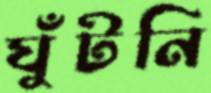
ঘুঁটনি